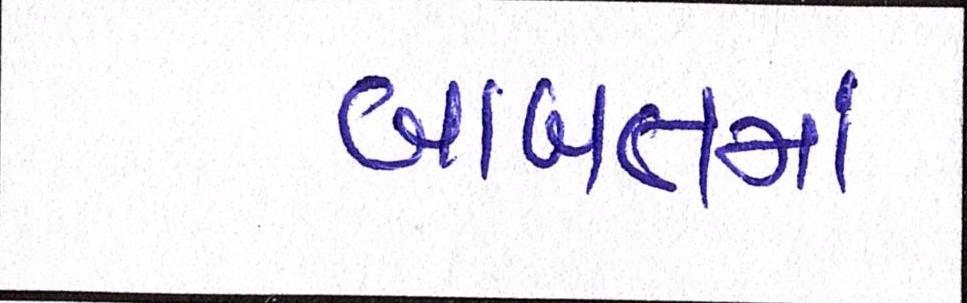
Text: બાબતમાં